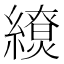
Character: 𦆖